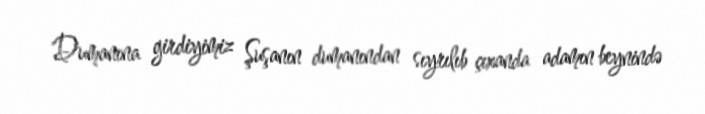
Dumanına girdiyimiz Şuşanın dumanından sıyrılıb çıxanda adamın beynində